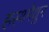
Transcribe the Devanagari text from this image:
हस्थ्मैथुन